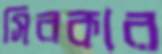
সিরকার